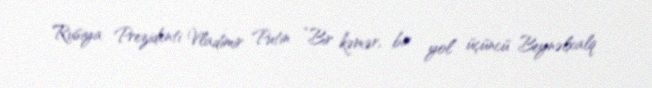
Rusiya Prezidenti Vladimir Putin “Bir kəmər, bir yol” üçüncü Beynəlxalq